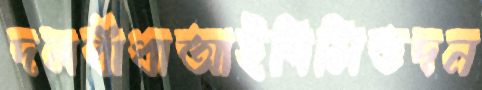
দলবাঁধাআইপিসিতদন